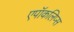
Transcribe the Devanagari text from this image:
एपॉकलिप्स